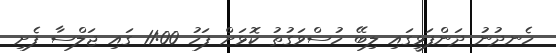
ހެނދުނު ދަންފަޅީގައި ލިބޭ ހުސްވަގުތު ކޮޅަށް ފަހު 11:00 ގައި ޖަލްސާ ފެށި